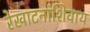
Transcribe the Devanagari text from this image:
रेखाटनांशिवाय